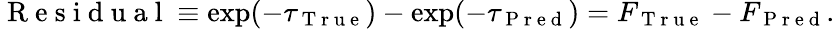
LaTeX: \mathrm{~R~e~s~i~d~u~a~l~}\equiv\exp(-\tau_{\mathrm{~T~r~u~e~}})-\exp(-\tau_{\mathrm{~P~r~e~d~}})=F_{\mathrm{~T~r~u~e~}}-F_{\mathrm{~P~r~e~d~}}.